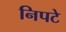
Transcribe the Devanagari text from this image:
निपटे